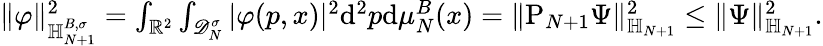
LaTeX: \begin{array}{r}{\Vert\varphi\Vert_{{\mathbb H}_{N+1}^{B,\sigma}}^{2}=\int_{\mathbb R^{2}}\int_{\mathscr D_{N}^{\sigma}}\vert\varphi(p,x)\vert^{2}\mathrm{d}^{2}p\mathrm{d}\mu_{N}^{B}(x)=\Vert\mathrm P_{N+1}\Psi\Vert_{{\mathbb H}_{N+1}}^{2}\leq\Vert\Psi\Vert_{{\mathbb H}_{N+1}}^{2}.}\end{array}